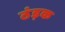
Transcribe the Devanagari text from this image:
ठंड़क